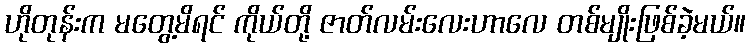
ဟိုတုန်းက မတွေ့မိရင် ကိုယ်တို့ ဇာတ်လမ်းလေးဟာလေ တစ်မျိုးဖြစ်ခဲ့မယ်။